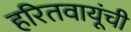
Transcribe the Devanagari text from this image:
हरितवायूंची